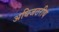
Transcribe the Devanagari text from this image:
अधिजठरीय